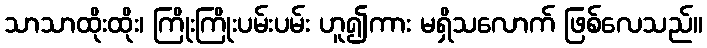
သာသာထိုးထိုး၊ ကြိုးကြိုးပမ်းပမ်း ဟူ၍ကား မရှိသလောက် ဖြစ်လေသည်။